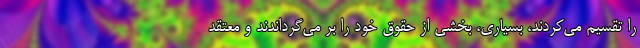
را تقسیم می‌کردند، بسیاری، بخشی از حقوق خود را بر می‌گرداندند و معتقد